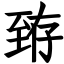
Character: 臶